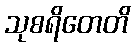
သုစရိတေတိ